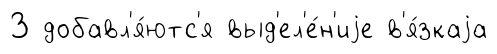
З добавл'я́ютс'я выд'ел'е́н'иjе в'я́зкаjа